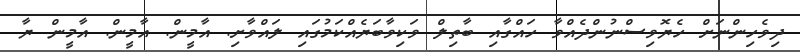
ދިވެހިންނަށް ހެޔޮވިސްނުންދެއްވާ ހައްގާއި ބާތިލް ވަކިވާބަޔެއްކަމުގައި ލައްވާށި. އާމީން. އާމީން. އާމީން ޔާ